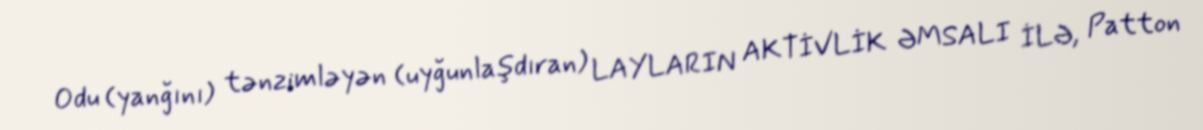
Odu (yanğını) tənzimləyən (uyğunlaşdıran) LAYLARIN AKTİVLİK ƏMSALI İLƏ, Patton